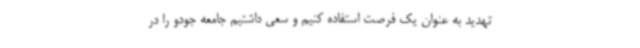
تهدید به عنوان یک فرصت استفاده کنیم و سعی داشتیم جامعه جودو را در